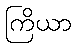
ကြိယာ